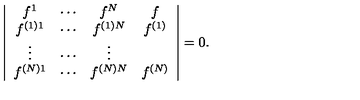
\left| \begin{array} { c c c c } { f ^ { 1 } } & { \cdots } & { f ^ { N } } & { f } \\ { f ^ { ( 1 ) 1 } } & { \cdots } & { f ^ { ( 1 ) N } } & { f ^ { ( 1 ) } } \\ { \vdots } & { \cdots } & { \vdots } \\ { f ^ { ( N ) 1 } } & { \cdots } & { f ^ { ( N ) N } } & { f ^ { ( N ) } } \\ \end{array} \right| = 0 .